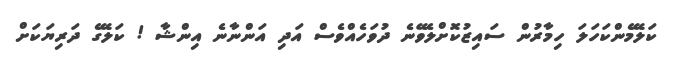
ކަލޭމެންކަހަލަ ހިމާރުން ސައިޒުކޮށްލެވޭނެ ދުވަހެއްވެސް އަދި އަންނާނެ އިންޝާ ! ކަލޭގެ ދަރިޔަކަށް